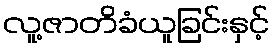
လူ့ဇာတိခံယူခြင်းနှင့်